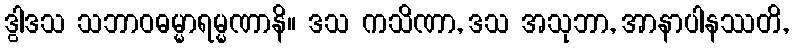
ဒွါဒသ သဘာဝဓမ္မာရမ္မဏာနိ။ ဒသ ကသိဏာ, ဒသ အသုဘာ, အာနာပါနဿတိ,